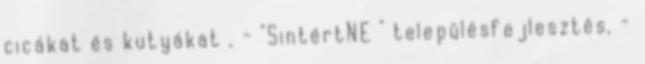
cicákat és kutyákat , - "SintértNE " településfejlesztés, -